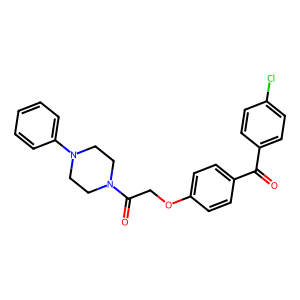
SMILES: O=C(c1ccc(Cl)cc1)c1ccc(OCC(=O)N2CCN(c3ccccc3)CC2)cc1
Inhibits HIV replication: No